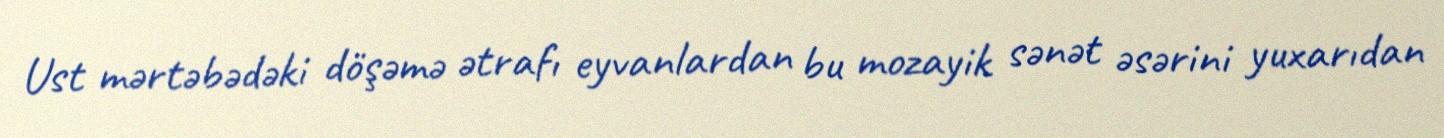
Ust mərtəbədəki döşəmə ətrafı eyvanlardan bu mozayik sənət əsərini yuxarıdan